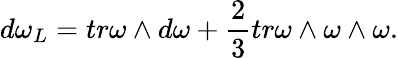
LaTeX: d\omega_{L}=tr\omega\wedge d\omega+\frac{2}{3}tr\omega\wedge\omega\wedge\omega.